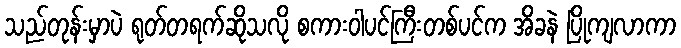
သည်တုန်းမှာပဲ ရုတ်တရက်ဆိုသလို စကားဝါပင်ကြီးတစ်ပင်က အိခနဲ ပြိုကျလာကာ